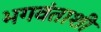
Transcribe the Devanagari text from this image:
भगवंताशी